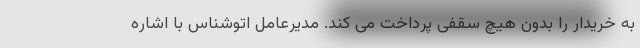
به خریدار را بدون هیچ سقفی پرداخت می کند. مدیرعامل اتوشناس با اشاره